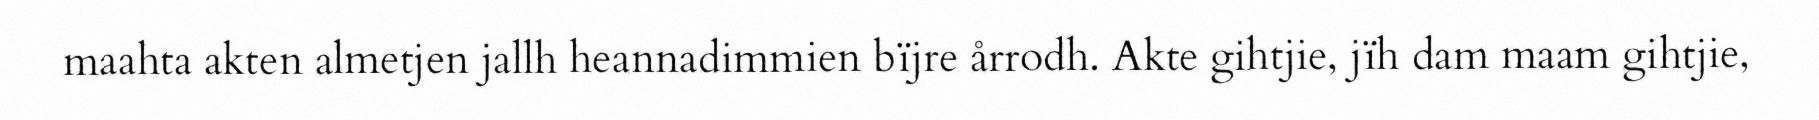
maahta akten almetjen jallh heannadimmien bïjre årrodh. Akte gihtjie, jïh dam maam gihtjie,